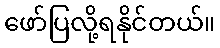
ဖော်ပြလို့ရနိုင်တယ်။